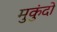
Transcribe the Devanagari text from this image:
मुकुंदो